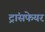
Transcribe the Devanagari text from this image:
ट्रांसफेयर